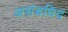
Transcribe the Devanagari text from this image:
असंबधिद